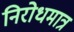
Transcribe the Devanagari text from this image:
निरोधमात्र